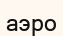
аэро